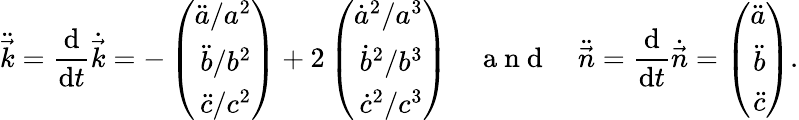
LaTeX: \ddot{\vec{k}}=\frac{\mathrm{d}}{\mathrm{d}t}\dot{\vec{k}}=-\left(\begin{array}{r}{\ddot{a}/a^{2}}\\ {\ddot{b}/b^{2}}\\ {\ddot{c}/c^{2}}\end{array}\right)+2\left(\begin{array}{r}{{\dot{a}}^{2}/a^{3}}\\ {{\dot{b}}^{2}/b^{3}}\\ {{\dot{c}}^{2}/c^{3}}\end{array}\right)\enspace\enspace\mathrm{~a~n~d~}\enspace\enspace\ddot{\vec{n}}=\frac{\mathrm{d}}{\mathrm{d}t}\dot{\vec{n}}=\left(\begin{array}{r}{\ddot{a}}\\ {\ddot{b}}\\ {\ddot{c}}\end{array}\right).